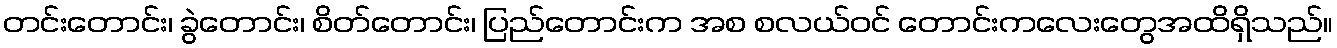
တင်းတောင်း၊ ခွဲတောင်း၊ စိတ်တောင်း၊ ပြည်တောင်းက အစ စလယ်ဝင် တောင်းကလေးတွေအထိရှိသည်။